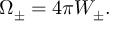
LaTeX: \Omega _ { \pm } = 4 \pi W _ { \pm } .